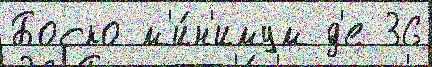
Боско м'и́н'имум д'е 36